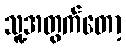
သူ့အတွက်တော့